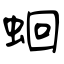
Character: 蛔